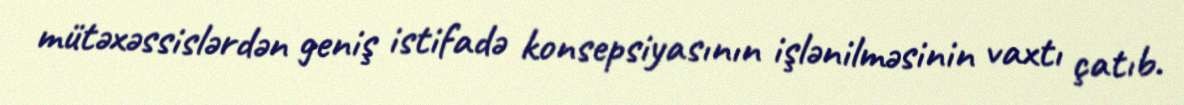
mütəxəssislərdən geniş istifadə konsepsiyasının işlənilməsinin vaxtı çatıb.